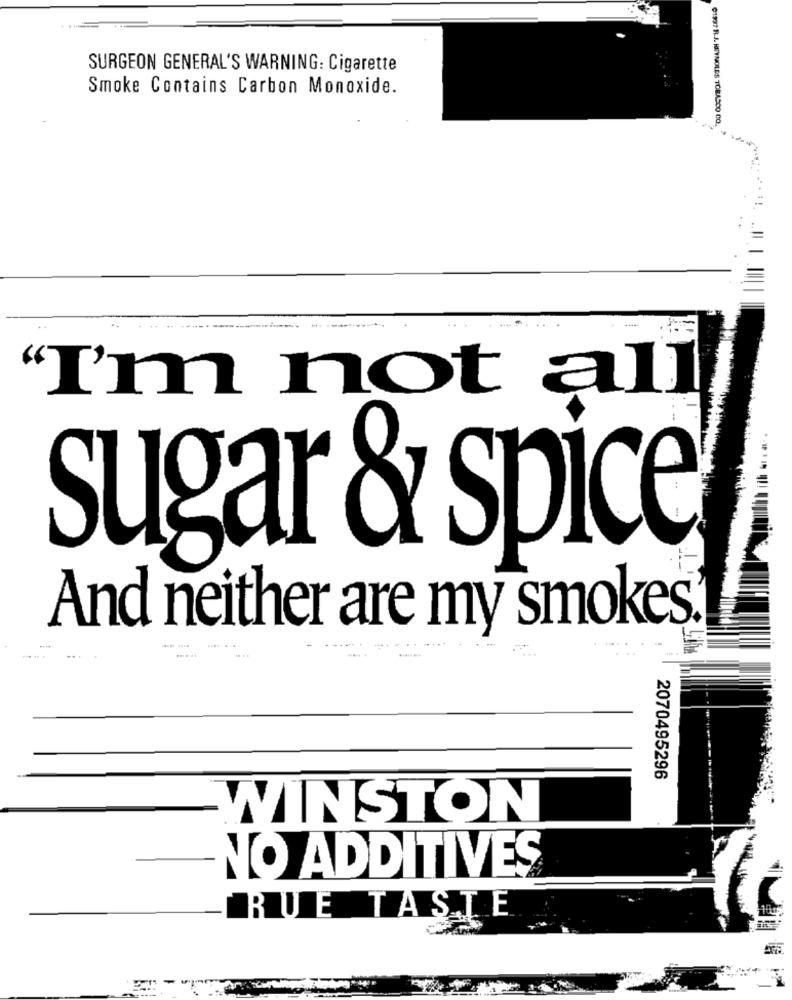
SURGEON GENERAL'S WARNING: Cigarette
Smoke Contains Carbon Monoxide.
01937 RJ. HEPYNOLDS TOBASCO CO.
--------
"I'm not all
sugar & spice
And neither are my smokes.
.... ..
....
......
-....
...
. .
2070495296
WINSTON
NO ADDITIVES
RUE TASTE